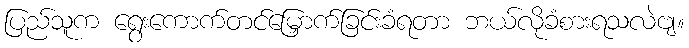
ပြည်သူက ရွေးကောက်တင်မြှောက်ခြင်းခံရတာ ဘယ်လိုခံစားရသလဲဗျ။